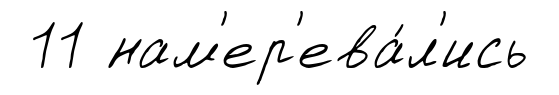
11 нам'ер'ева́л'ись